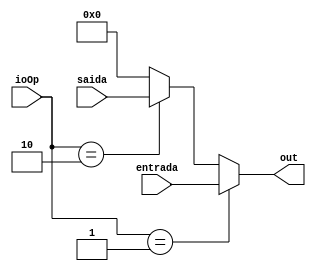
module IO(
	ioOp,
	entrada,
	saida,
	out
);

	input [3:0] ioOp;
	input [31:0] entrada, saida;
	output reg [31:0] out;

	always @ (*) begin
		if(ioOp == 4'd1)
			out = entrada;
		else if(ioOp == 4'd2)
			out = saida;
		else
			out = 32'd0;
	end

endmodule